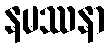
နမဿနာ